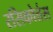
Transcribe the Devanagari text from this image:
रसिकोत्तंस